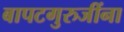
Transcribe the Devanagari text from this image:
बापटगुरुजींना